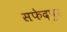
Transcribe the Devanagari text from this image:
सफेदपुर